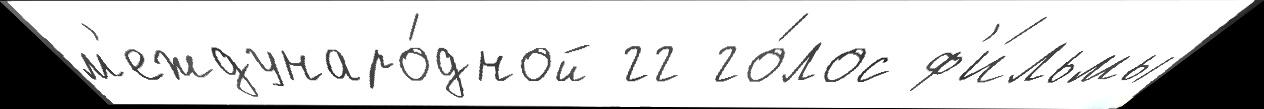
м'еждунаро́дной гг го́лос ф'и́льмы